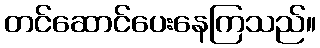
တင်ဆောင်ပေးနေကြသည်။